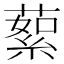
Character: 蕠